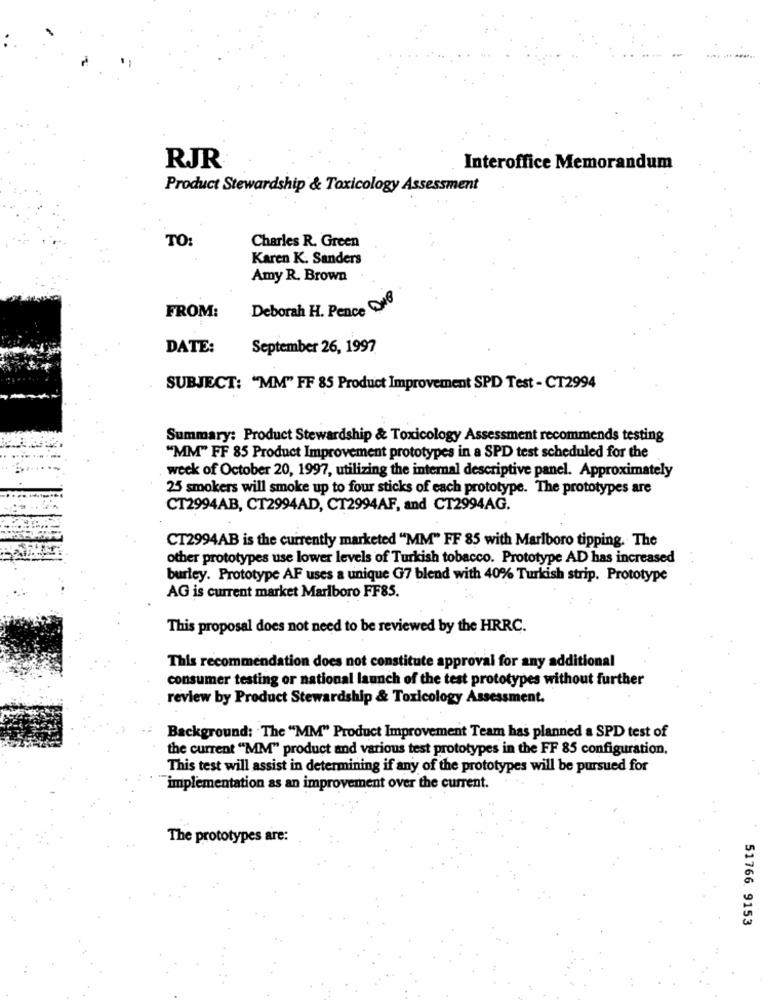
RJR.
Interoffice Memorandum
Product Stewardship & Toxicology Assessment
TO:
Charles R. Green
Karen K. Sanders
Amy R. Brown
Deborah H. Pence DNB
FROM:
DATE:
September 26, 1997
SUBJECT: "MM" FF 85 Product Improvement SPD Test - CT2994
Summary: Product Stewardship & Toxicology Assessment recommends testing
"MM" FF 85 Product Improvement prototypes in a SPD test scheduled for the
week of October 20, 1997, utilizing the internal descriptive panel. Approximately
25 smokers will smoke up to four sticks of each prototype. The prototypes are
CT2994AB, CT2994AD, CT2994AF, and CT2994AG.
CT2994AB is the currently marketed "MM" FF 85 with Marlboro tipping. The
other prototypes use lower levels of Turkish tobacco. Prototype AD has increased
burley. Prototype AF uses a unique G7 blend with 40% Turkish strip. Prototype
AG is current market Marlboro FF85.
This proposal does not need to be reviewed by the HRRC.
This recommendation does not constitute approval for any additional
consumer testing or national launch of the test prototypes without further
review by Product Stewardship & Toxicology Assessment.
Background: The "MM" Product Improvement Team has planned a SPD test of
the current "MM" product and various test prototypes in the FF 85 configuration.
This test will assist in determining if any of the prototypes will be pursued for
implementation as an improvement over the current.
The prototypes are:
51766 9153